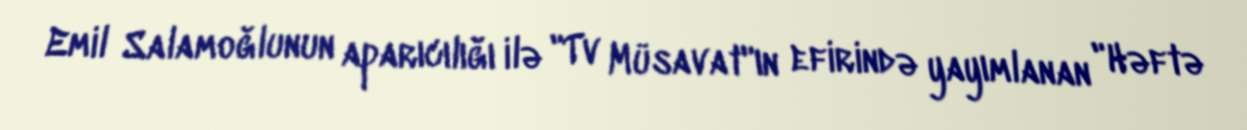
Emil Salamoğlunun aparıcılığı ilə "Tv Müsavat"ın efirində yayımlanan "Həftə